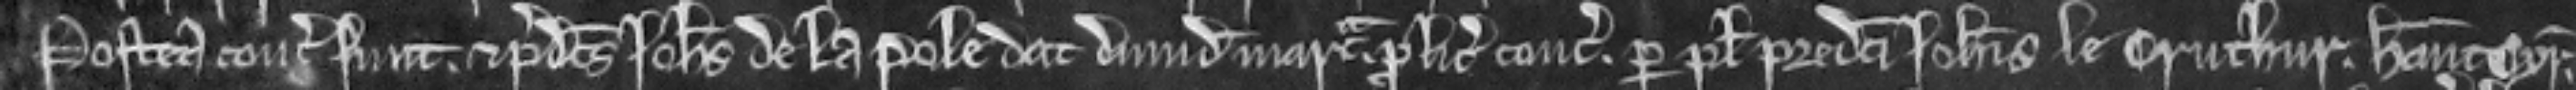
Postea concordati sunt. Et predictus Johannes de la Pole dat dimidiam marcam pro licencia concordandi per plegium predicti Johannis le Cruchur. Habeant cyrographum.